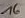
Text: 16